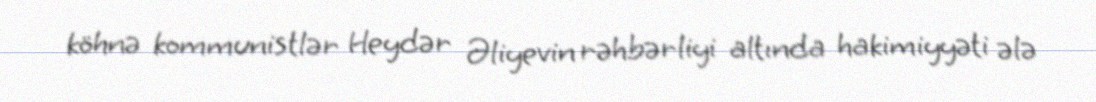
köhnə kommunistlər Heydər Əliyevin rəhbərliyi altında hakimiyyəti ələ